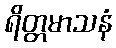
ရိတ္တမာသနံ